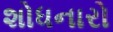
શોધનારો